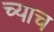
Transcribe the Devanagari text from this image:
च्याच